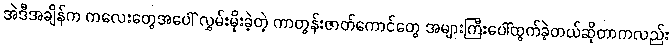
အဲဒီအချိန်က ကလေးတွေအပေါ် လွှမ်းမိုးခဲ့တဲ့ ကာတွန်းဇာတ်ကောင်တွေ အများကြီးပေါ်ထွက်ခဲ့တယ်ဆိုတာကလည်း